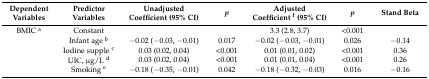
<table><thead><tr><td><b>Dependent Variables</b></td><td><b>Predictor Variables</b></td><td><b>Unadjusted Coefficient (95% CI)</b></td><td><b><i>p</i></b></td><td><b>Adjusted Coefficient <sup>f</sup> (95% CI)</b></td><td><b><i>p</i></b></td><td><b>Stand Beta</b></td></tr></thead><tbody><tr><td>BMIC <sup>a</sup></td><td>Constant</td><td></td><td></td><td>3.3 (2.8, 3.7)</td><td>&lt;0.001</td><td></td></tr><tr><td></td><td>Infant age <sup>b</sup></td><td>−0.02 (−0.03, −0.01)</td><td>0.017</td><td>−0.02 (−0.03, −0.01)</td><td>0.026</td><td>−0.14</td></tr><tr><td></td><td>Iodine supple <sup>c</sup></td><td>0.03 (0.02, 0.04)</td><td>&lt;0.001</td><td>0.01 (0.01, 0.02)</td><td>&lt;0.001</td><td>0.36</td></tr><tr><td></td><td>UIC, μg/L <sup>d</sup></td><td>0.03 (0.02, 0.04)</td><td>&lt;0.001</td><td>0.01 (0.01, 0.04)</td><td>&lt;0.001</td><td>0.26</td></tr><tr><td></td><td>Smoking <sup>e</sup></td><td>−0.18 (−0.35, −0.01)</td><td>0.042</td><td>−0.18 (−0.32, −0.03)</td><td>0.016</td><td>−0.16</td></tr></tbody></table>